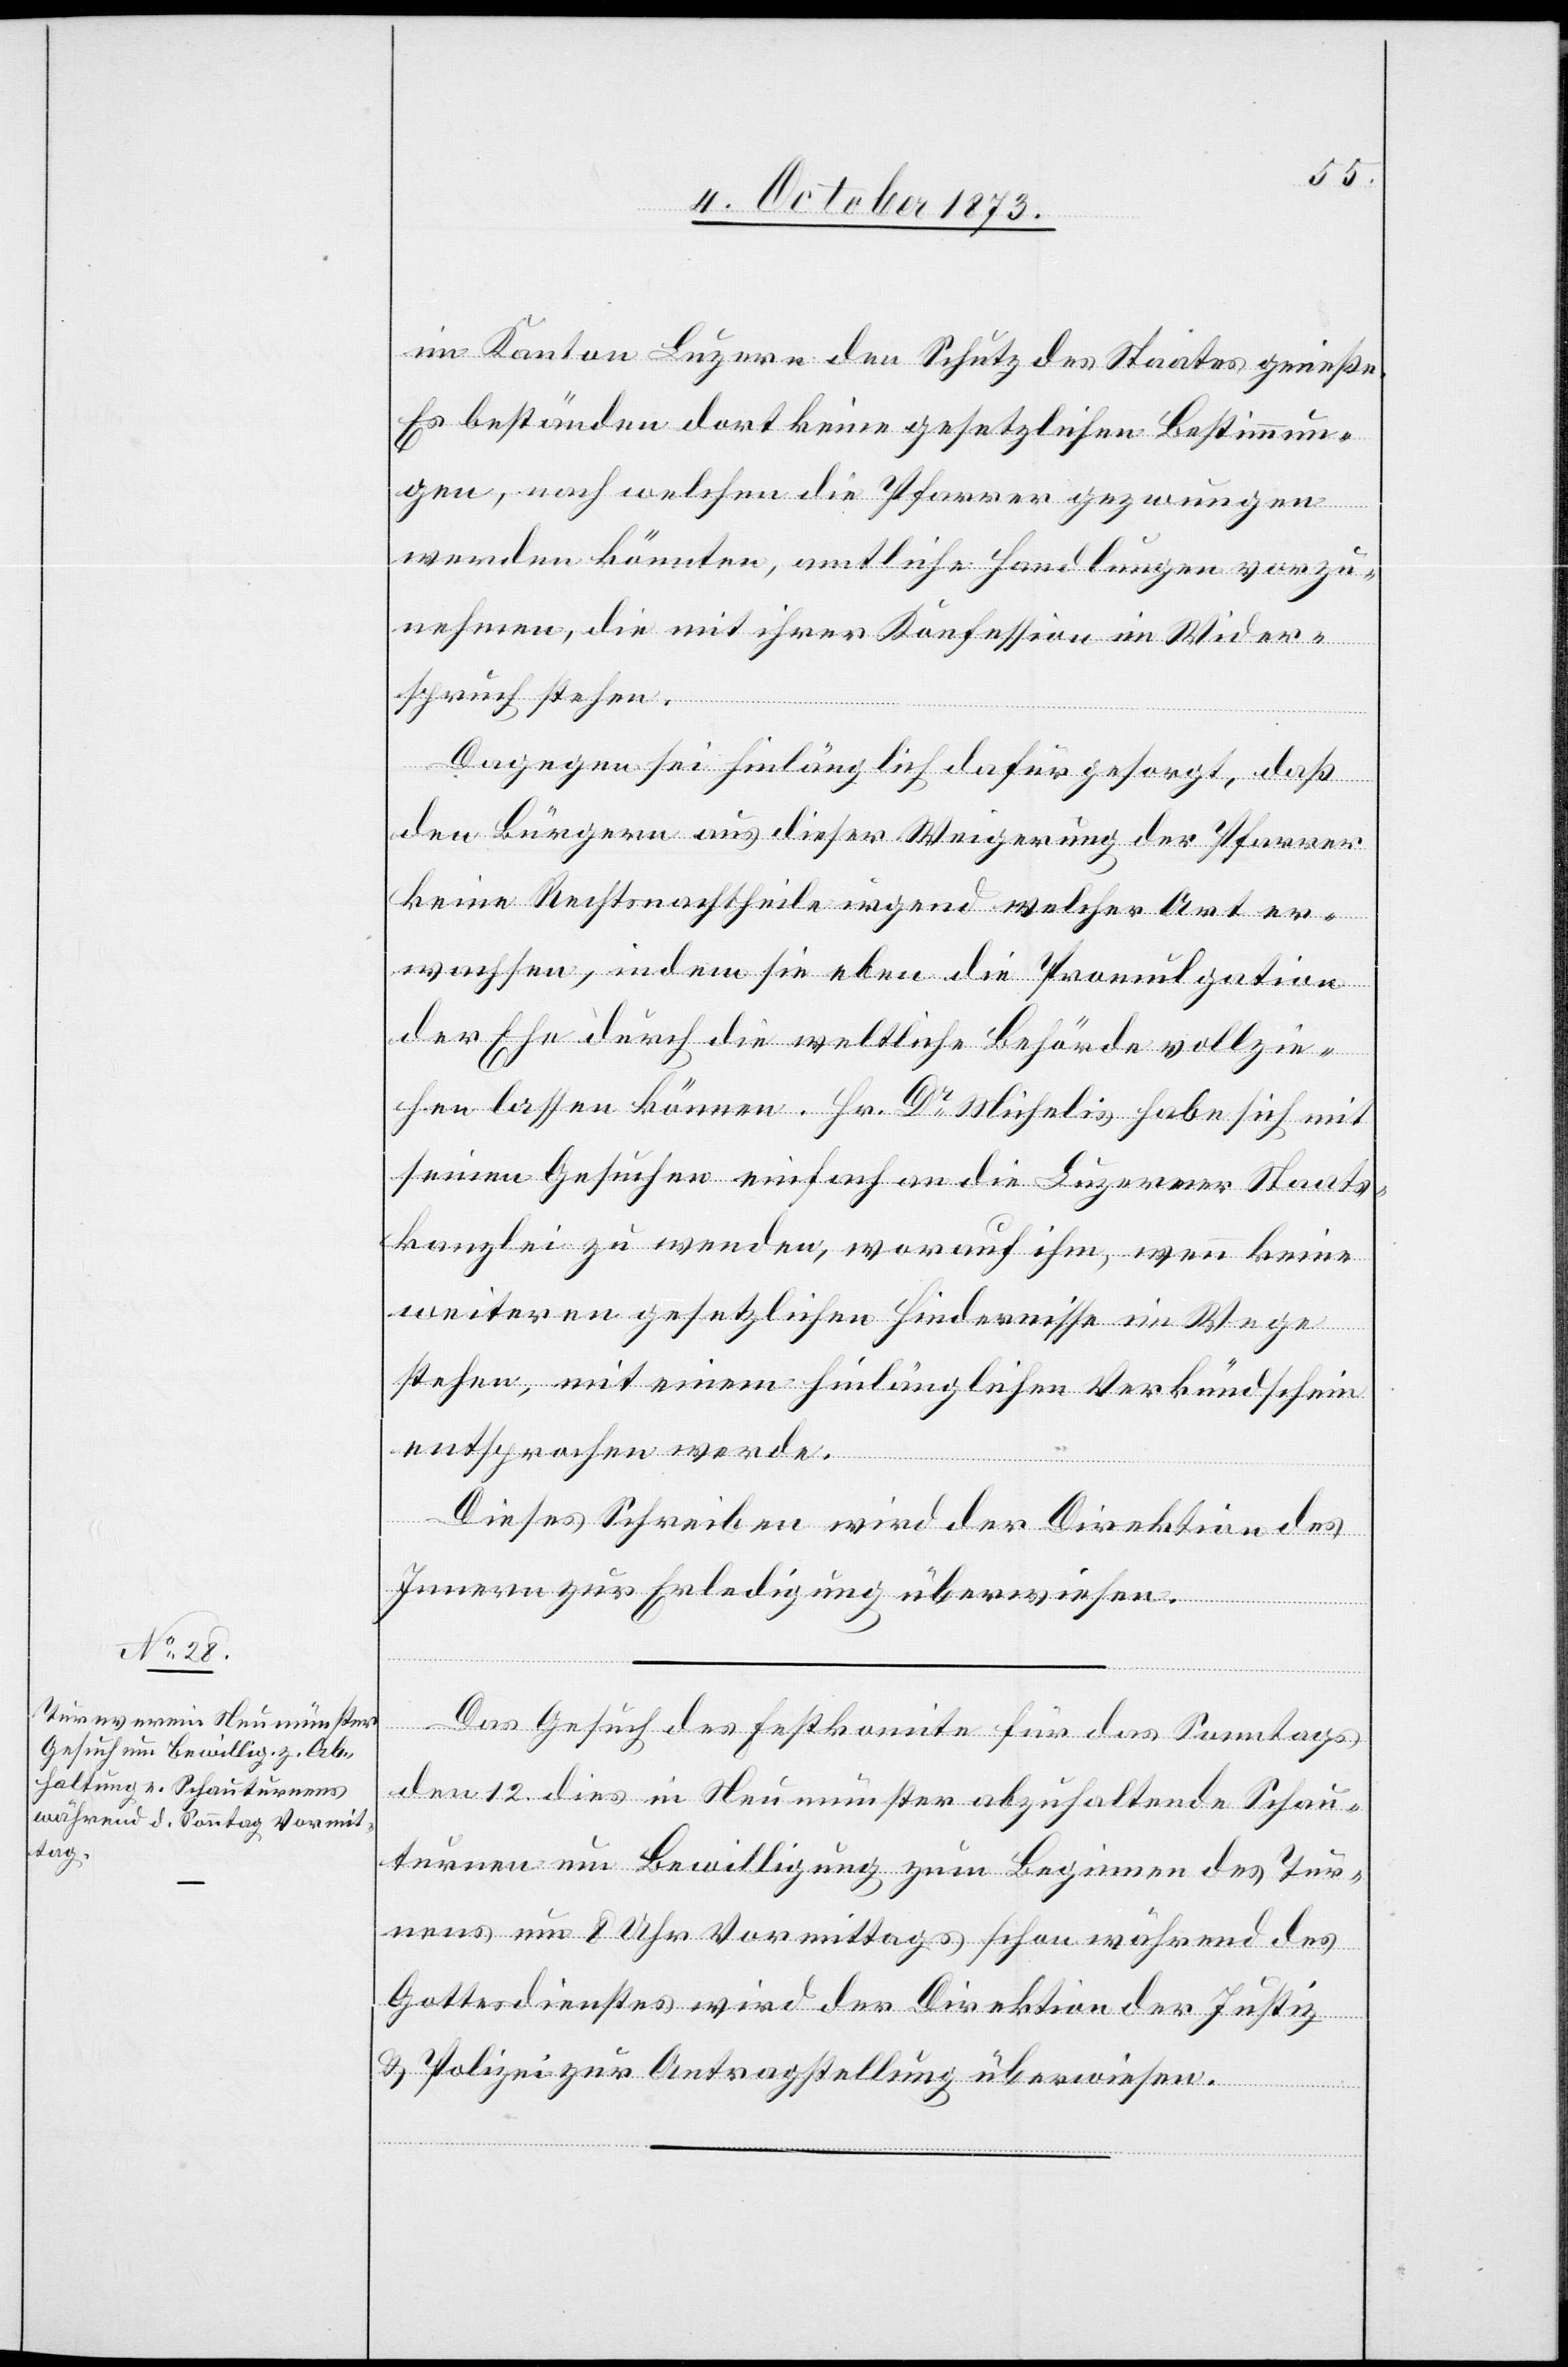
4. October 1873.]
im Kanton Luzern den Schutz des Staates genieße.
Es beständen dort keine gesetzlichen Bestimmun¬
gen, nach welchen die Pfarrer gezwungen
werden könnten, amtliche Handlungen vorzu¬
nehmen, die mit ihrer Konfession im Wider¬
spruch stehen.
Dagegen sei hinlänglich dafür gesorgt, daß
den Bürgern aus dieser Weigerung der Pfarrer
keine Rechtsnachtheile irgend welcher Art er¬
wachsen, indem sie eben die Promulgation
der Ehe durch die weltliche Behörde vollzie¬
hen lassen können. Hr. Dr Michelis habe sich mit
seinen Gesuchen einfach an die Luzerner Staats¬
kanzlei zu wenden, worauf ihm, wenn keine
weitern gesetzlichen Hindernisse im Wege
stehen, mit einem hinlänglichen Verkündschein
entsprochen werde.
Dieses Schreiben wird der Direktion des
Innern zur Erledigung überwiesen.
Das Gesuch des Festkomite für das Sonntags
den 12. dies in Neumünster abzuhaltende Schau¬
turnen um Bewilligung zum Beginnen des Tur¬
nens um 8 Uhr Vormittags schon während des
Gottesdienstes wird der Direktion der Justiz
& Polizei zur Antragstellung überwiesen.